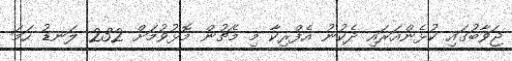
ޖަވާބުގައި ކުޅެންއަރައި ދެކުނު އެފްރިކާ މި މެޗުން މޮޅުވުމަށް 232 ލަނޑު ހަމަ